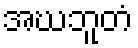
အဃဘူတံ